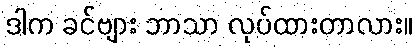
ဒါက ခင်ဗျား ဘာသာ လုပ်ထားတာလား။